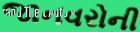
જાનવરોની